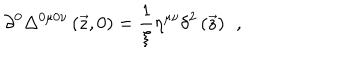
\partial ^ { 0 } \Delta ^ { 0 \mu 0 \nu } \left( \vec { z } , 0 \right) = \frac 1 \xi \eta ^ { \mu \nu } \delta ^ { 2 } \left( \vec { z } \right) \; \, ,